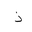
Letter: _thal